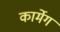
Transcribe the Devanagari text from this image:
कार्मेग